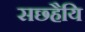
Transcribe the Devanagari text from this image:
सछ्हैयि